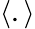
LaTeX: \langle.\rangle